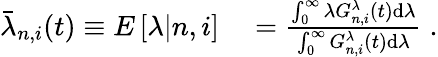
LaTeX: \begin{array}{rl}{\bar{\lambda}_{n,i}(t)\equiv E\left[\lambda|n,i\right]}&{{}=\frac{\int_{0}^{\infty}\lambda G_{n,i}^{\lambda}(t)\mathrm{d}\lambda}{\int_{0}^{\infty}G_{n,i}^{\lambda}(t)\mathrm{d}\lambda}\; .}\end{array}